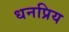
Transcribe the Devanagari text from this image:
धनप्रिय